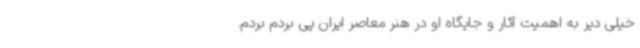
خیلی دیر به اهمیت آثار و جایگاه او در هنر معاصر ایران پی بردم بردم.